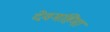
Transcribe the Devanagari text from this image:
देवमहिमा